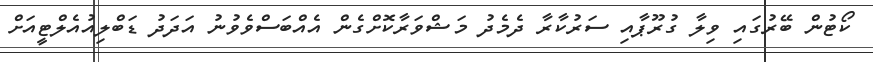
ކޯޓުން ބޭރުގައި ވިލާ ގުރޫޕާއި ސަރުކާރާ ދެމެދު މަޝްވަރާކޮށްގެން އެއްބަސްވެވުނު އަދަދު ޑަބްލިއުއެލްޓީއަށް